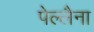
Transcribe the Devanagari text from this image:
पेल्लैना